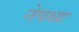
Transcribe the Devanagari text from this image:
नेपथ्यः